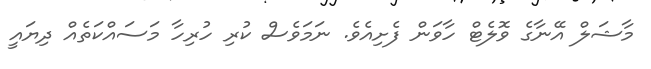
މާޝަލް އޭނާގެ ވޮލެޓް ހާވަން ފެށިއެވެ. ނަމަވެސް ކުރި ހުރިހާ މަސައްކަތެއް ދިޔައީ